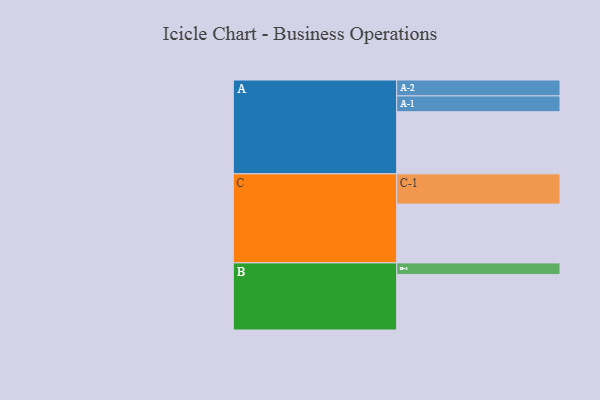
{"axis": {"x": "Segment", "y": "Value"}, "legend": ["", "A", "B", "C"], "data": [{"x": "A", "y": 566, "type": ""}, {"x": "B", "y": 506, "type": ""}, {"x": "C", "y": 536, "type": ""}, {"x": "A-1", "y": 144, "type": "A"}, {"x": "A-2", "y": 145, "type": "A"}, {"x": "B-1", "y": 105, "type": "B"}, {"x": "C-1", "y": 275, "type": "C"}]}